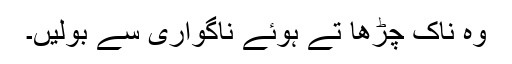
وہ ناک چڑھا تے ہوئے ناگواری سے بولیں۔